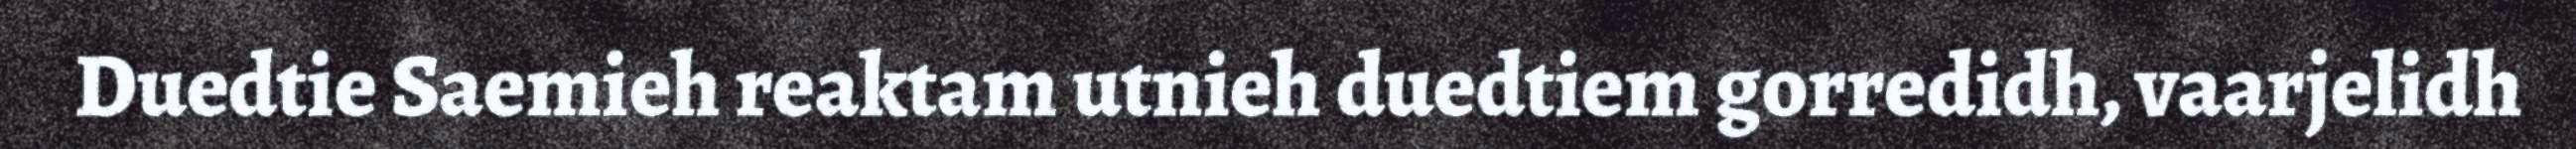
Duedtie Saemieh reaktam utnieh duedtiem gorredidh, vaarjelidh